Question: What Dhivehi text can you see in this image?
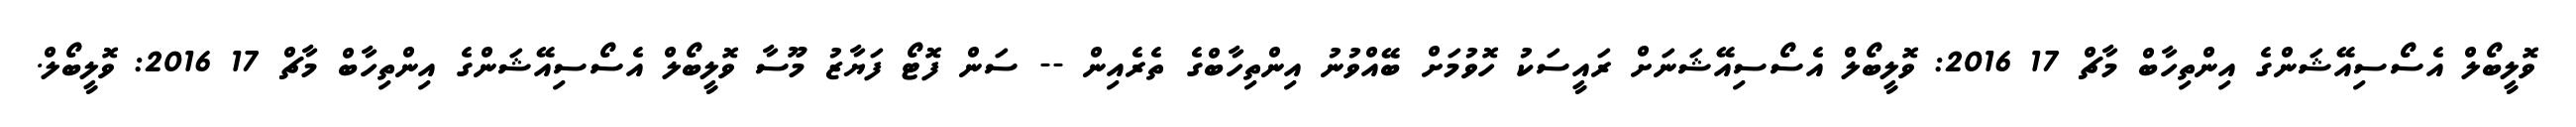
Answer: ވޮލީބޯލް އެސޯސިއޭޝަންގެ އިންތިހާބް މާޗް 17 2016: ވޮލީބޯލް އެސޯސިއޭޝަނަށް ރައީސަކު ހޮވުމަށް ބޭއްވުނު އިންތިހާބްގެ ތެރެއިން -- ސަން ފޮޓޯ ފަޔާޒު މޫސާ ވޮލީބޯލް އެސޯސިއޭޝަންގެ އިންތިހާބް މާޗް 17 2016: ވޮލީބޯލް.